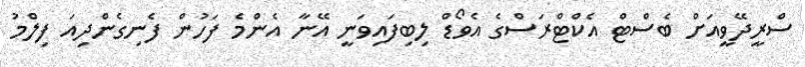
ސްރީދޭވީއަށް ބެސްޓް އެކްޓްރަސްގެ އެވޯޑް ލިބިފައިވަނީ އޭނާ އެންމެ ފަހުން ފެނިގެންދިއަ ފިލްމު